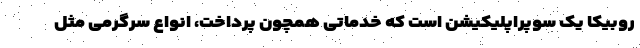
روبیکا یک سوپراپلیکیشن است که خدماتی همچون پرداخت، انواع سرگرمی مثل